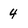
Character: 4